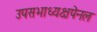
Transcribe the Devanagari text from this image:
उपसभाध्यक्षपेनल